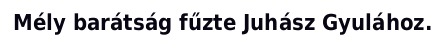
Mély barátság fűzte Juhász Gyulához.